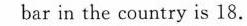
bar in the country is 18.